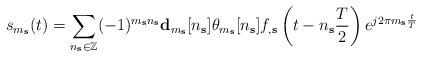
LaTeX: \begin{align*}s_{m_\textbf{s}}(t) =\sum\limits_{n_\textbf{s} \in \mathbb{Z}}(-1)^{m_\textbf{s}n_\textbf{s}}\mathbf{d}_{m_\textbf{s}}[n_\textbf{s}]\mathbf{\theta}_{m_\textbf{s}}[n_\textbf{s}]f_{,\textbf{s}}\left(t-n_\textbf{s}\frac{T}{2}\right)e^{j2\pi m_\textbf{s}\frac{t}{T}}\end{align*}